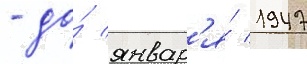
- до́ январ'я́ 1947